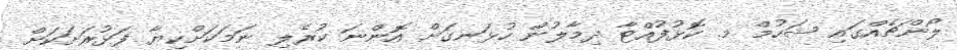
ލޯންޗެއްގައި ޝަހުމް މ. ކޮޅުފުއްޓާ ދިމާލުން ހުޅަނގަށް އޮންނަ ކުރެލި ނަމަކަށްކިޔާ ފަޅުރަށަކަށް